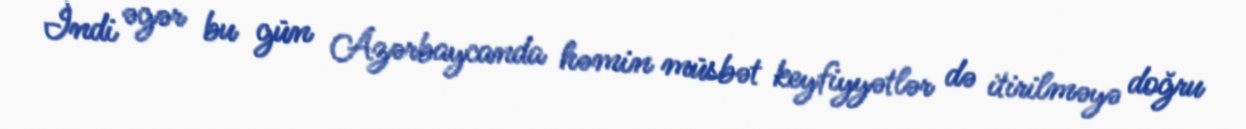
İndi əgər bu gün Azərbaycanda həmin müsbət keyfiyyətlər də itirilməyə doğru